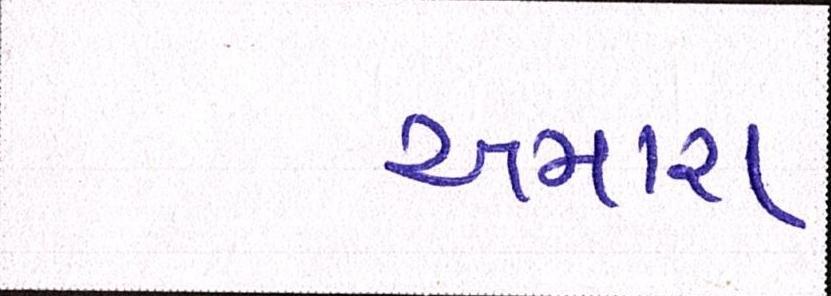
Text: અમારા